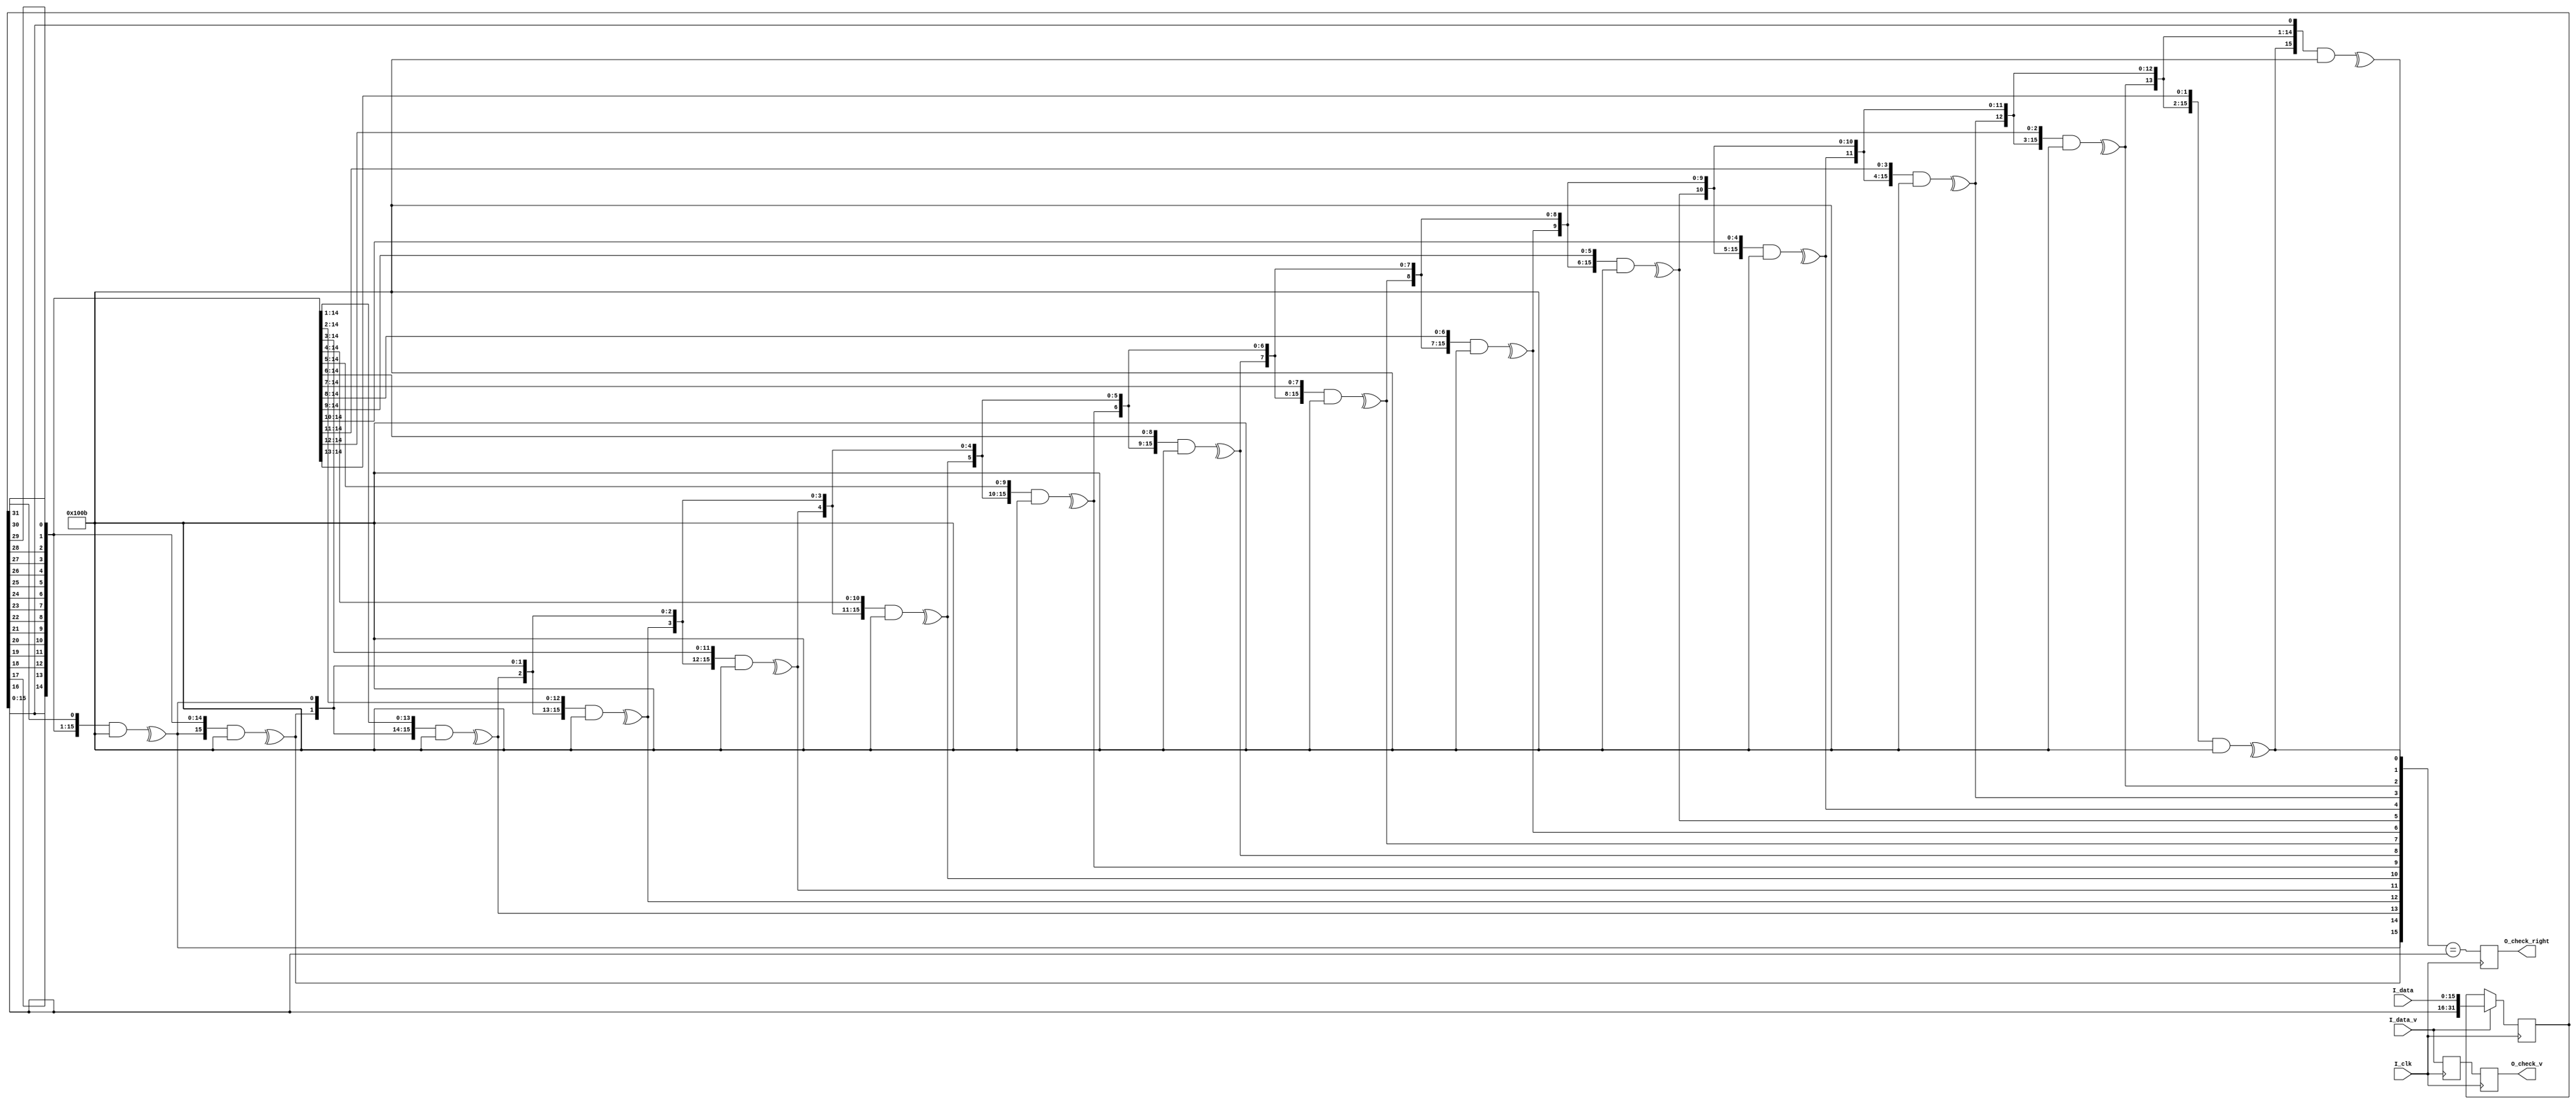
`timescale 1ns/100ps
module prbs_check
#(
parameter C_DWIDTH     = 16                       ,
parameter C_PRIMPOLY   = 17'b1_0001_0000_0000_1011,
parameter C_POLY_WIDTH = 16
)
(
input                      I_clk         ,
input       [C_DWIDTH-1:0] I_data        ,
input                      I_data_v      ,
output reg                 O_check_v     ,
output reg                 O_check_right
);

reg [C_DWIDTH+C_POLY_WIDTH-1:0] S_reg;
reg S_data_v = 0;

always @(posedge I_clk)
begin
    if(I_data_v)
        S_reg <= {S_reg[C_POLY_WIDTH-1:0],I_data}; 
    O_check_right <= F_prbs_output(F_bit_reverse(S_reg[C_DWIDTH+:C_POLY_WIDTH])) == S_reg[C_DWIDTH-1:0];
    S_data_v <= I_data_v;
    O_check_v <= S_data_v;
end

function [C_DWIDTH-1:0] F_prbs_output;
input [C_POLY_WIDTH-1:0] S_cal_init;
reg [C_POLY_WIDTH-1:0] S_temp;
integer F_i;
begin
    S_temp = S_cal_init;
    for(F_i=0;F_i<C_POLY_WIDTH;F_i=F_i+1)
    begin
        S_temp = {^(S_temp & C_PRIMPOLY[C_POLY_WIDTH-1:0]),S_temp[C_POLY_WIDTH-1:1]};
    end
    for(F_i=0;F_i<C_DWIDTH;F_i=F_i+1)
    begin
        F_prbs_output[C_DWIDTH-1-F_i] = S_temp[0];
        S_temp = {^(S_temp & C_PRIMPOLY[C_POLY_WIDTH-1:0]),S_temp[C_POLY_WIDTH-1:1]};
        
    end
end
endfunction

function [C_POLY_WIDTH-1:0] F_bit_reverse;
input [C_POLY_WIDTH-1:0] S_data_ori;
integer F_i;
begin
for(F_i=0;F_i<C_POLY_WIDTH;F_i=F_i+1)
    F_bit_reverse[F_i] = S_data_ori[C_POLY_WIDTH-1-F_i];
end
endfunction

endmodule